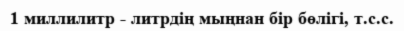
1 миллилитр - литрдің мыңнан бір бөлігі, т.с.с.